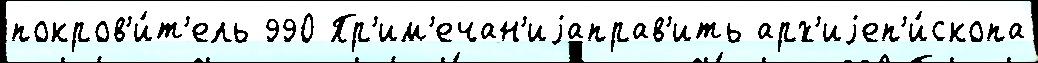
покров'и́т'ель 990 Пр'им'ечан'иjаправ'ить арх'иjеп'и́скопа